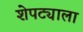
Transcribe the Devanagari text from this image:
शेपट्याला